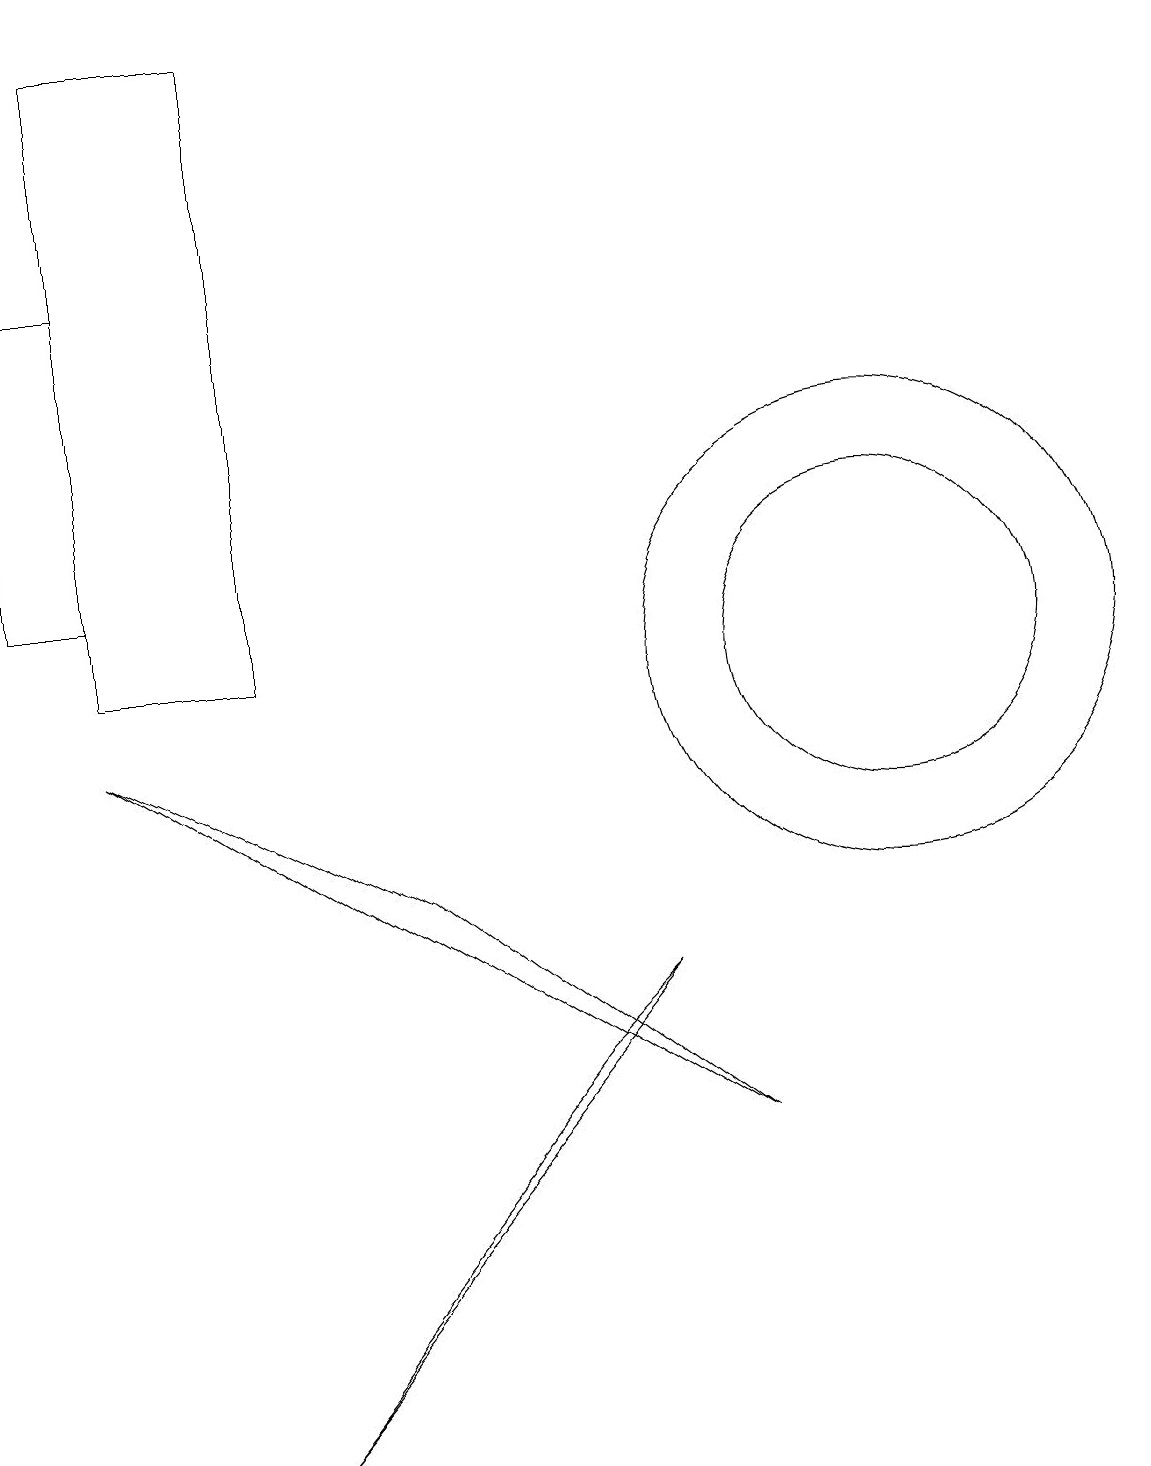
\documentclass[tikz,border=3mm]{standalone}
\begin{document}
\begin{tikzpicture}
\draw (1,18) rectangle (3,10);
\draw (11,10) circle (3);
\draw (5,7) -- (9,4) -- (1,9) -- cycle;
\draw (11,10) circle (2);
\draw (8,6) -- (7,5) -- (3,0) -- cycle;
\draw (0,15) rectangle (1,11);
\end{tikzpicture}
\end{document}